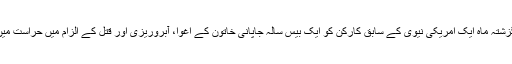
اسی طرح گزشتہ ماہ ایک امریکی نیوی کے سابق کارکن کو ایک بیس سالہ جاپانی خاتون کے اغوا، آبروریزی اور قتل کے الزام میں حراست میں لیا گیا تھا۔